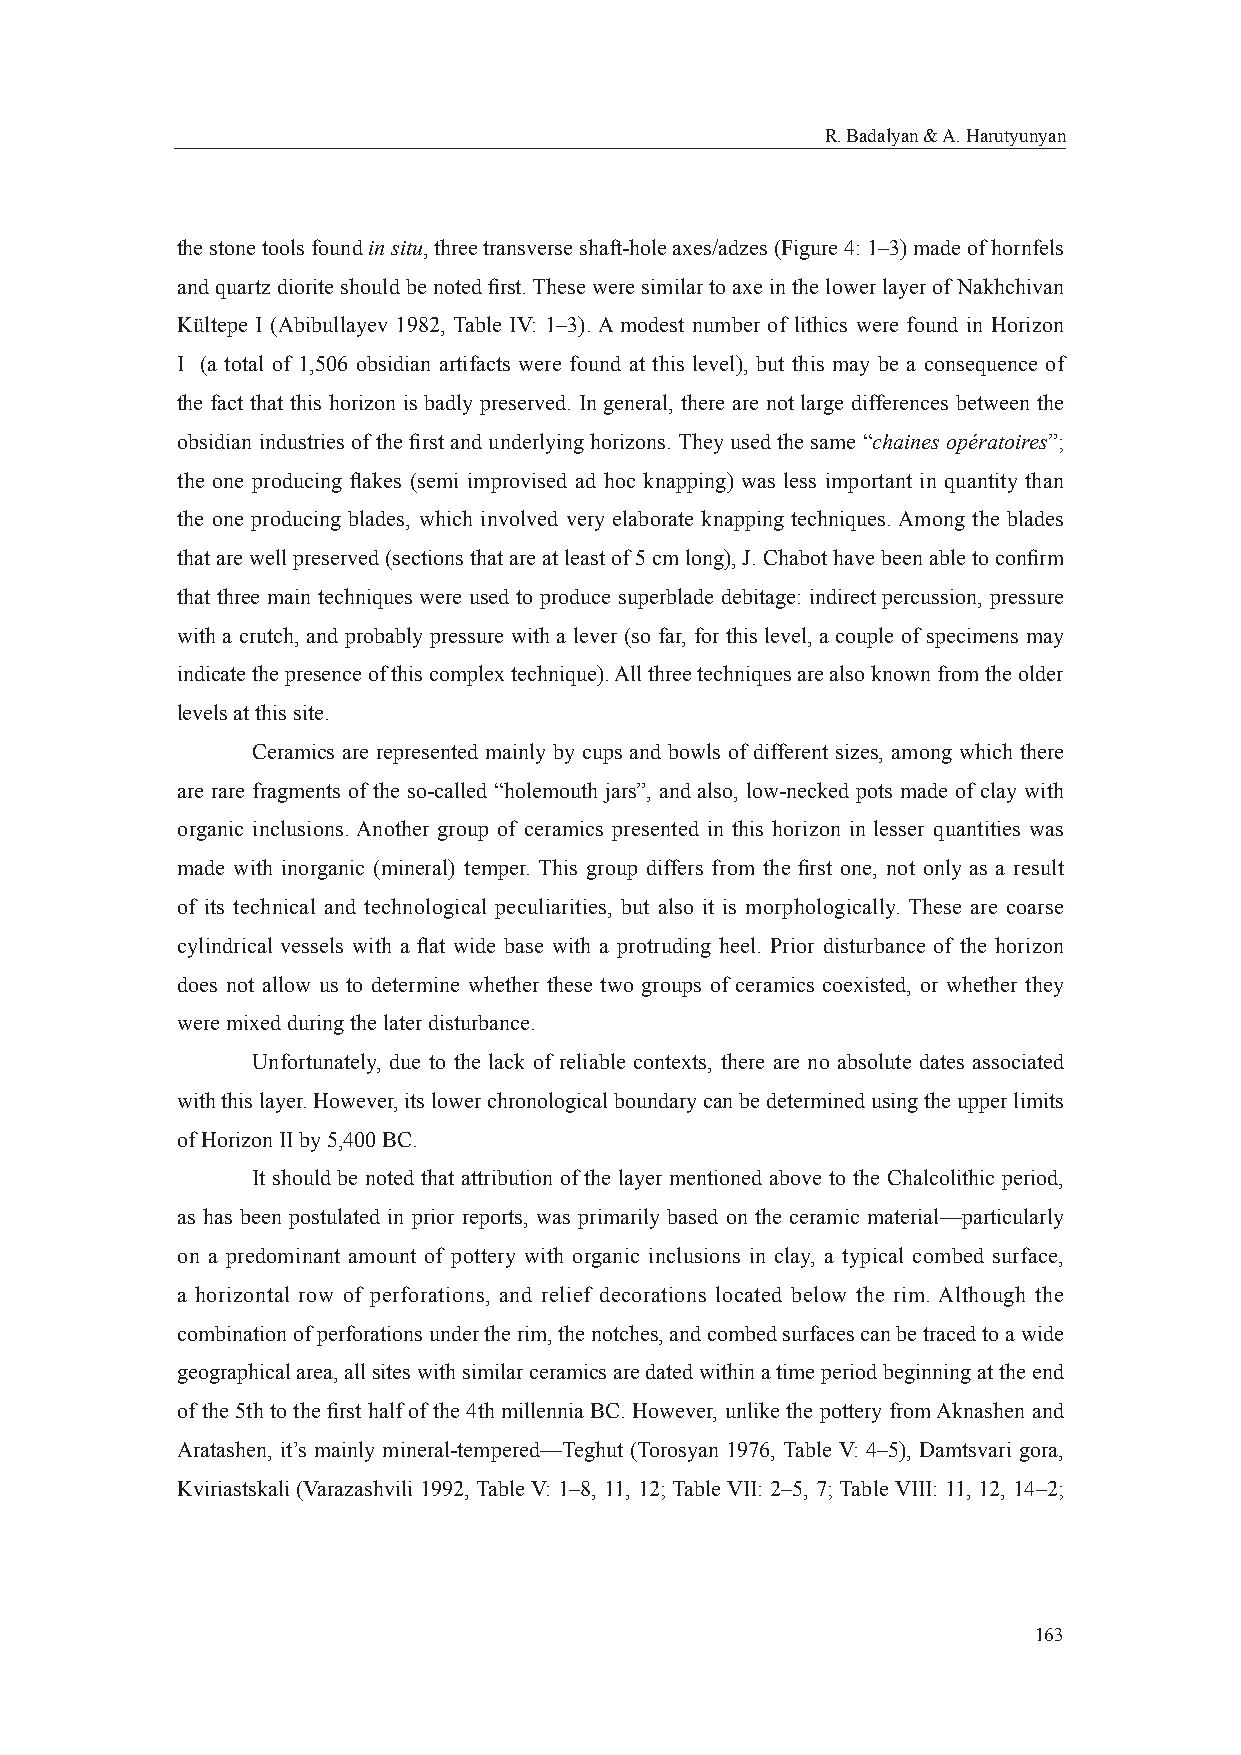
R. Badalyan & A. Harutyunyan
 the stone tools found in situ, three transverse shaft-hole axes/adzes (Figure 4: 1–3) made of hornfels
 and quartz diorite should be noted fi rst. These were similar to axe in the lower layer of Nakhchivan
 Kültepe I (Abibullayev 1982, Table IV: 1–3). A modest number of lithics were found in Horizon
 I (a total of 1,506 obsidian artifacts were found at this level), but this may be a consequence of
 the fact that this horizon is badly preserved. In general, there are not large differences between the
 obsidian industries of the fi rst and underlying horizons. They used the same “chaines opératoires”;
 the one producing fl akes (semi improvised ad hoc knapping) was less important in quantity than
 the one producing blades, which involved very elaborate knapping techniques. Among the blades
 that are well preserved (sections that are at least of 5 cm long), J. Chabot have been able to confi rm
 that three main techniques were used to produce superblade debitage: indirect percussion, pressure
 with a crutch, and probably pressure with a lever (so far, for this level, a couple of specimens may
 indicate the presence of this complex technique). All three techniques are also known from the older
 levels at this site.
 Ceramics are represented mainly by cups and bowls of different sizes, among which there
 are rare fragments of the so-called “holemouth jars”, and also, low-necked pots made of clay with
 organic inclusions. Another group of ceramics presented in this horizon in lesser quantities was
 made with inorganic (mineral) temper. This group differs from the fi rst one, not only as a result
 of its technical and technological peculiarities, but also it is morphologically. These are coarse
 cylindrical vessels with a fl at wide base with a protruding heel. Prior disturbance of the horizon
 does not allow us to determine whether these two groups of ceramics coexisted, or whether they
 were mixed during the later disturbance.
 Unfortunately, due to the lack of reliable contexts, there are no absolute dates associated
 with this layer. However, its lower chronological boundary can be determined using the upper limits
 of Horizon II by 5,400 BC.
 It should be noted that attribution of the layer mentioned above to the Chalcolithic period,
 as has been postulated in prior reports, was primarily based on the ceramic material—particularly
 on a predominant amount of pottery with organic inclusions in clay, a typical combed surface,
 a horizontal row of perforations, and relief decorations located below the rim. Although the
 combination of perforations under the rim, the notches, and combed surfaces can be traced to a wide
 geographical area, all sites with similar ceramics are dated within a time period beginning at the end
 of the 5th to the fi rst half of the 4th millennia BC. However, unlike the pottery from Aknashen and
 Aratashen, it’s mainly mineral-tempered—Teghut (Torosyan 1976, Table V: 4–5), Damtsvari gora,
 Kviriastskali (Varazashvili 1992, Table V: 1–8, 11, 12; Table VII: 2–5, 7; Table VIII: 11, 12, 14–2;
 163